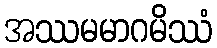
အဿမမာဂမိဿံ